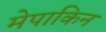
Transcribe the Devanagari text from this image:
मेपाकिन